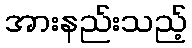
အားနည်းသည့်